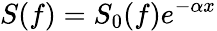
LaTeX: S(f)=S_{0}(f)e^{-\alpha x}